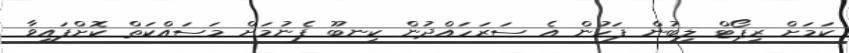
ކަމަށް ރިޕޯޓް ލިބުން ފަހުން އެ ސަރަހައްދުން ކިނބޫ ފެނުމަށް މަސައްކަތް ކޮށްފައިވާ